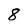
Character: 8